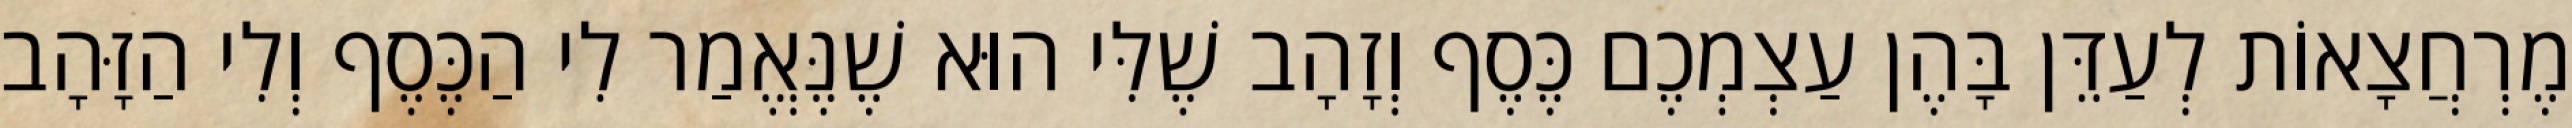
מֶרְחֲצָאוֹת לְעַדֵּן בָּהֶן עַצְמְכֶם כֶּסֶף וְזָהָב שֶׁלִּי הוּא שֶׁנֶּאֱמַר לִי הַכֶּסֶף וְלִי הַזָּהָב